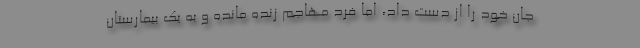
جان خود را از دست داد، اما فرد مهاجم زنده مانده و به یک بیمارستان